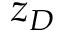
z _ { D }